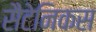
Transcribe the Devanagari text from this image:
सैटेनिकस